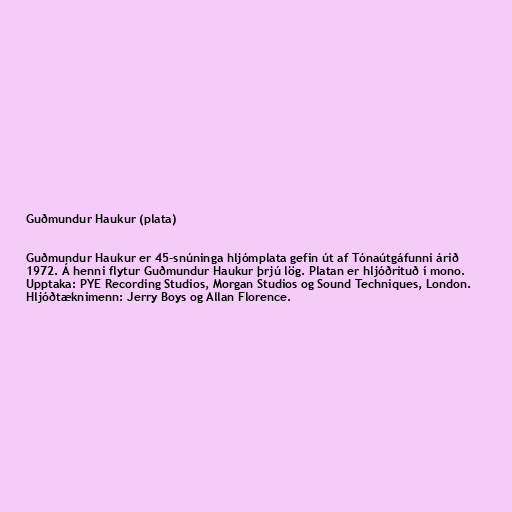
Guðmundur Haukur (plata)

Guðmundur Haukur er 45-snúninga hljómplata gefin út af Tónaútgáfunni árið
1972. Á henni flytur Guðmundur Haukur þrjú lög. Platan er hljóðrituð í mono.
Upptaka: PYE Recording Studios, Morgan Studios og Sound Techniques, London.
Hljóðtæknimenn: Jerry Boys og Allan Florence.